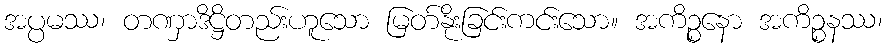
အပ္ပမဿ၊ တဏှာဒိဋ္ဌိတည်းဟူသော မြတ်နိုးခြင်းကင်းသော။ အကိဉ္စနော အကိဉ္စနဿ၊